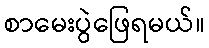
စာမေးပွဲဖြေရမယ်။